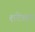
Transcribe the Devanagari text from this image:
शटेशन